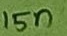
Text: 15n